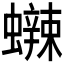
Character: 𰳡